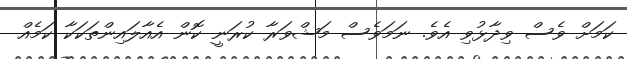
ކަމަށް ވެސް ވިދާޅުވި އެވެ. ނަމަވެސް މަޝްވަރާ ކުރަނީ ކޮން އެއާލައިންތަކަކާ ކަމެއް